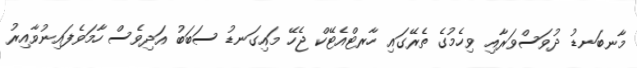
މާނބަނޑު ދުވަސްވަރާއި ވިހެމުގެ ތެރޭގައި ހާރޓްއެޓޭކް ޖެހޭ މައިގަނޑު ސަބަބު އަދިވެސް ހާމަވެފައިނުވާއިރު